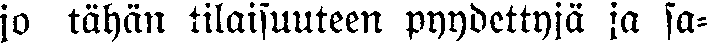
jo tähän tilaisuuteen pyydettyjä ja sa-